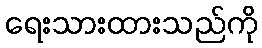
ရေးသားထားသည်ကို